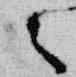
々